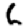
Digit: 6